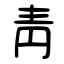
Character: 靑